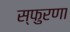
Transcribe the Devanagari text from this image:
स्फुरणा